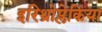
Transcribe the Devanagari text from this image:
इरिथ्रोप्लेकिया